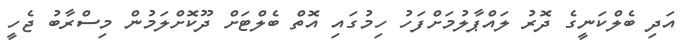
އަދި ބެލްކަނީގެ ދޮރު ލައްޕާލުމަށްފަހު ހިމުގައި އޮތް ބެލްޓަށް ދޫކޮށްލަމުން މިސްރާބު ޖެހީ